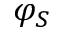
\varphi _ { S }